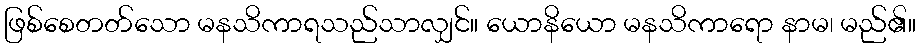
ဖြစ်စေတတ်သော မနသိကာရသည်သာလျှင်။ ယောနိယော မနသိကာရော နာမ၊ မည်၏။